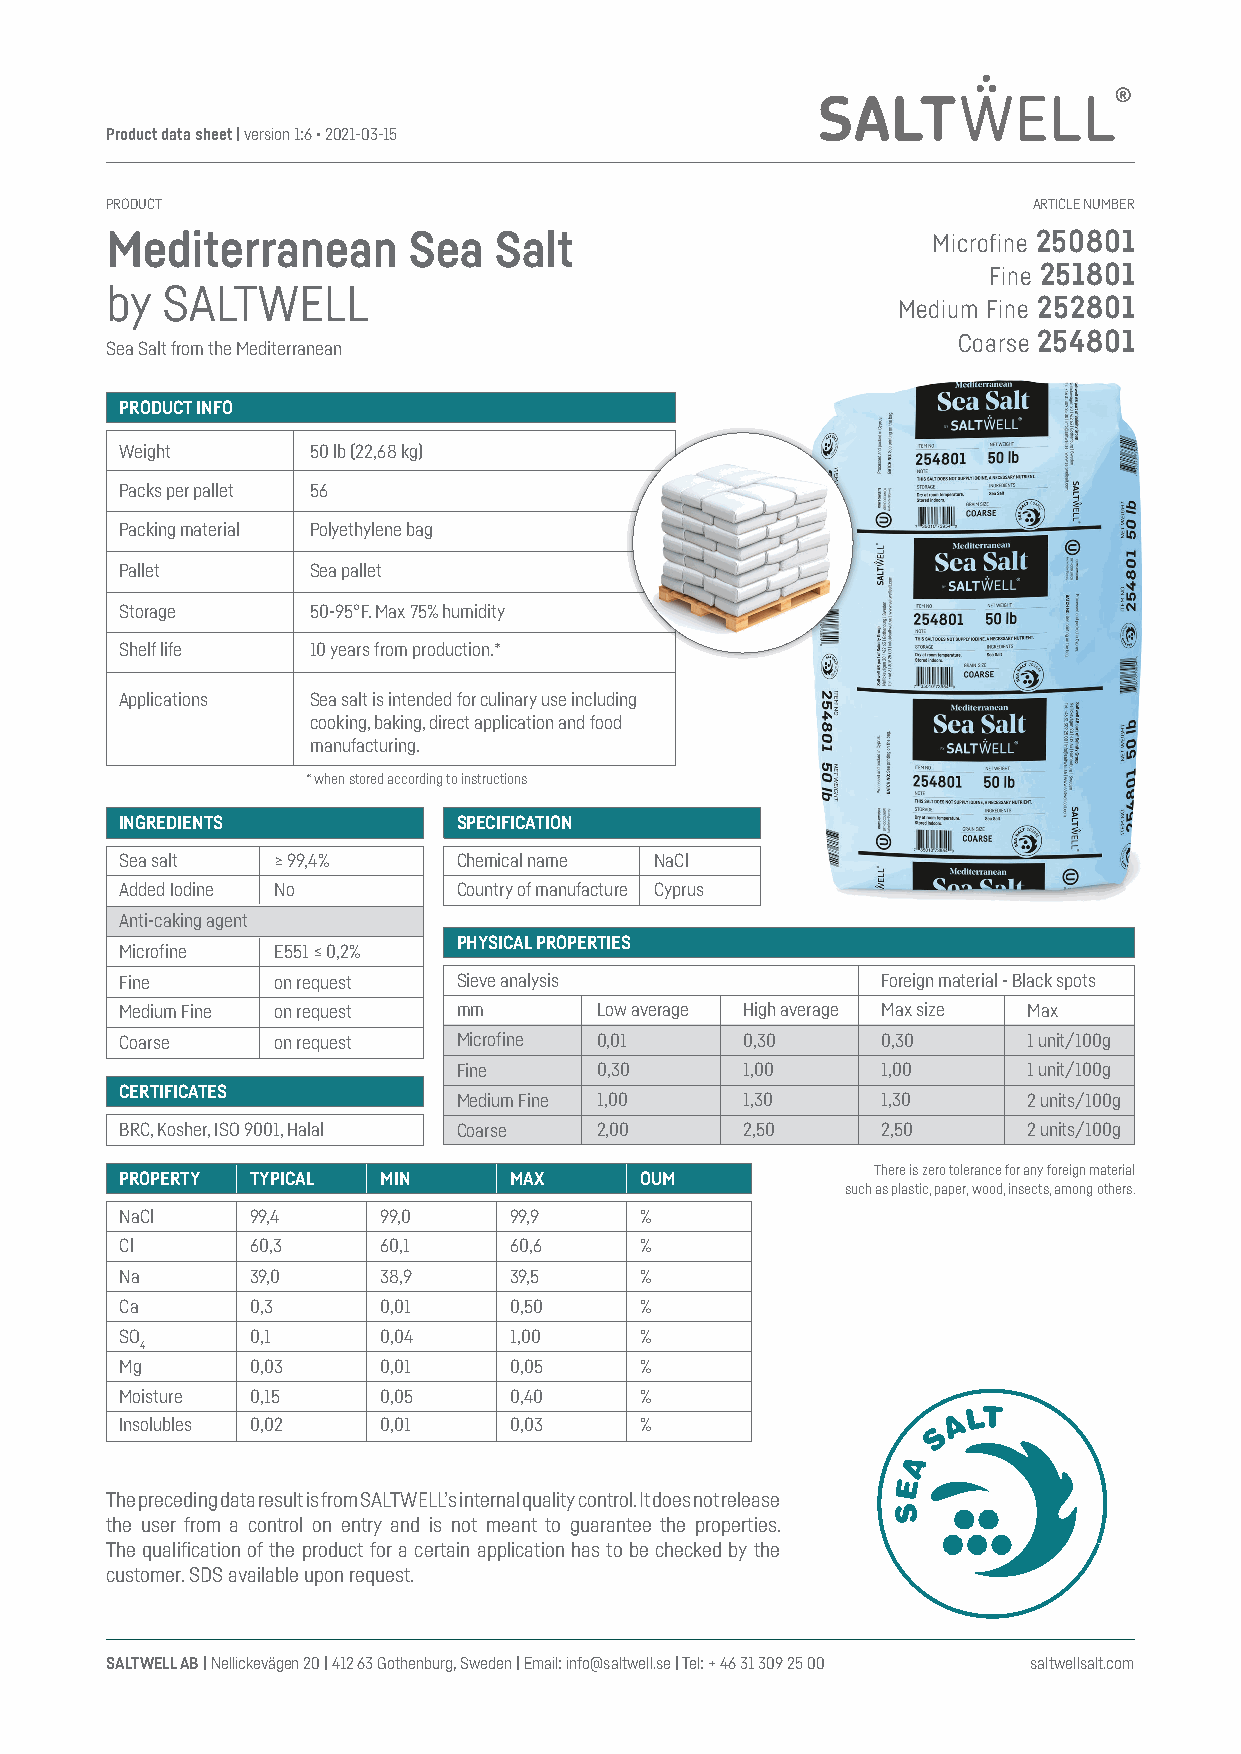
Product data sheet | version 1:6 • 2021-03-15
 PRODUCT                                                      ARTICLE NUMBER
 Mediterranean       Sea   Salt                         Microfine 250801
 Fine 251801
 by  SALTWELL
 Medium Fine 252801
 Coarse 254801
 Sea Salt from the Mediterranean
 PRODUCT INFO
 Weight       50 lb (22,68 kg)
 Packs per pallet 56
 Packing material Polyethylene bag
 Pallet       Sea pallet
 Storage      50-95°F. Max 75% humidity
 Shelf life   10 years from production.*
 Applications Sea salt is intended for culinary use including
 cooking, baking, direct application and food
 manufacturing.
 * when stored according to instructions
 INGREDIENTS           SPECIFICATION
 Sea salt  ≥ 99,4%     Chemical name NaCl
 Added Iodine No       Country of manufacture Cyprus
 Anti-caking agent
 PHYSICAL PROPERTIES
 Microfine E551 ≤ 0,2%
 Fine      on request  Sieve analysis              Foreign material - Black spots
 Medium Fine on request mm      Low average High average Max size Max
 Coarse    on request  Microfine 0,01     0,30     0,30      1 unit/100g
 Fine     0,30      1,00     1,00      1 unit/100g
 CERTIFICATES
 Medium Fine 1,00   1,30     1,30      2 units/100g
 BRC, Kosher, ISO 9001, Halal Coarse 2,00 2,50     2,50      2 units/100g
 There is zero tolerance for any foreign material
 PROPERTY TYPICAL MIN      MAX     OUM
 such as plastic, paper, wood, insects, among others.
 NaCl     99,4    99,0     99,9    %
 Cl       60,3    60,1     60,6    %
 Na       39,0    38,9     39,5    %
 Ca       0,3     0,01     0,50    %
 SO       0,1     0,04     1,00    %
 4
 Mg       0,03    0,01     0,05    %
 Moisture 0,15    0,05     0,40    %
 Insolubles 0,02  0,01     0,03    %
 The preceding data result is from SALTWELL’s internal quality control. It does not release
 the user from a control on entry and is not meant to guarantee the properties.
 The qualification of the product for a certain application has to be checked by the
 customer. SDS available upon request.
 SALTWELL AB | Nellickevägen 20 | 412 63 Gothenburg, Sweden | Email: info@saltwell.se | Tel: + 46 31 309 25 00 saltwellsalt.com